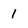
Character: 1